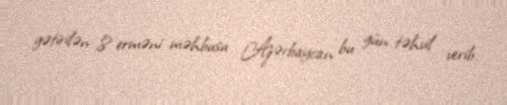
gətirilən 8 erməni məhbusu Azərbaycan bu gün təhvil verib.